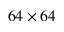
6 4 \times 6 4